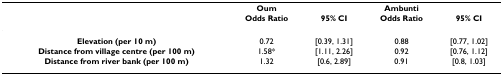
<table><thead><tr><td></td><td><b>Oum</b></td><td></td><td><b>Ambunti</b></td><td></td></tr><tr><td></td><td><b>Odds Ratio</b></td><td><b>95% CI</b></td><td><b>Odds Ratio</b></td><td><b>95% CI</b></td></tr></thead><tbody><tr><td><b>Elevation (per 10 m)</b></td><td>0.72</td><td>[0.39, 1.31]</td><td>0.88</td><td>[0.77, 1.02]</td></tr><tr><td><b>Distance from village centre (per 100 m)</b></td><td>1.58*</td><td>[1.11, 2.26]</td><td>0.92</td><td>[0.76, 1.12]</td></tr><tr><td><b>Distance from river bank (per 100 m)</b></td><td>1.32</td><td>[0.6, 2.89]</td><td>0.91</td><td>[0.8, 1.03]</td></tr></tbody></table>